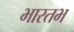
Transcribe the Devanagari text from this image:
भारतभ